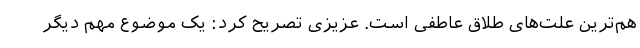
هم‌ترین علت‌های طلاق عاطفی است. عزیزی تصریح کرد: یک موضوع مهم دیگر